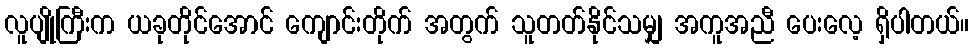
လူပျိုကြီးက ယခုတိုင်အောင် ကျောင်းတိုက် အတွက် သူတတ်နိုင်သမျှ အကူအညီ ပေးလေ့ ရှိပါတယ်။